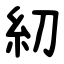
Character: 糿